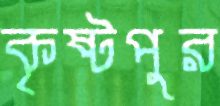
কৃষ্টপুর